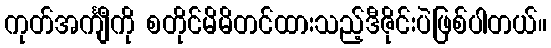
ကုတ်အင်္ကျီကို စတိုင်မိမိတင်ထားသည့်ဒီဇိုင်းပဲဖြစ်ပါတယ်။